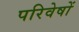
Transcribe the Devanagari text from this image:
परिवेषों